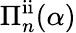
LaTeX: \Pi_{n}^{\mathrm{ii}}(\alpha)